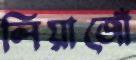
লিয়াজোঁ